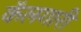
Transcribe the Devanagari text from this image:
कॅलगारी